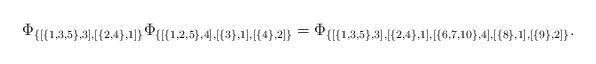
LaTeX: \begin{align*}\Phi_{\{[\{1,3,5\},3],[\{2,4\},1]\}}\Phi_{\{[\{1,2,5\},4],[\{3\},1],[\{4\},2]\}}=\Phi_{\{[\{1,3,5\},3],[\{2,4\},1],[\{6,7,10\},4],[\{8\},1],[\{9\},2]\}}.\end{align*}